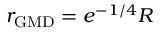
r _ { \mathrm { G M D } } = e ^ { - 1 / 4 } R